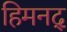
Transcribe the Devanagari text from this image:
हिमनद्